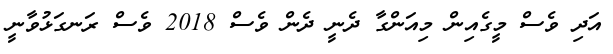
އަދި ވެސް މީގެއިން މިއަންގާ ދެނީ ދެން ވެސް 2018 ވެސް ރަނގަޅުވާނީ